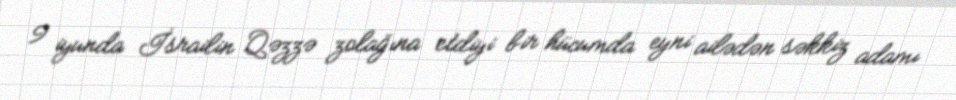
9 iyunda İsrailin Qəzzə zolağına etdiyi bir hücumda eyni ailədən səkkiz adamı